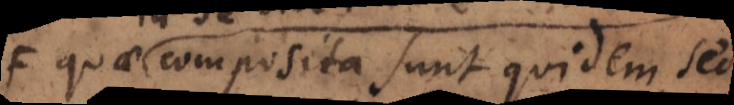
orum composita sunt quidem, sed